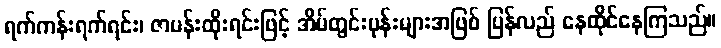
ရက်ကန်းရက်ရင်း၊ ဇာပန်းထိုးရင်းဖြင့် အိမ်တွင်းပုန်းများအဖြစ် ပြန်လည် နေထိုင်နေကြသည်။